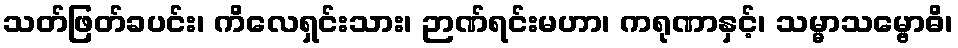
သတ်ဖြတ်ခပင်း၊ ကိလေရှင်းသား၊ ဉာဏ်ရင်းမဟာ၊ ကရုဏာနှင့်၊ သမ္မာသမ္ဗောဓိ၊